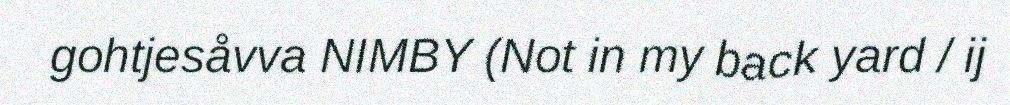
gohtjesåvva NIMBY (Not in my back yard / ij